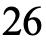
26